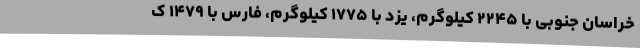
خراسان جنوبی با ۲۲۴۵ کیلوگرم، یزد با ۱۷۷۵ کیلوگرم، فارس با ۱۴۷۹ ک